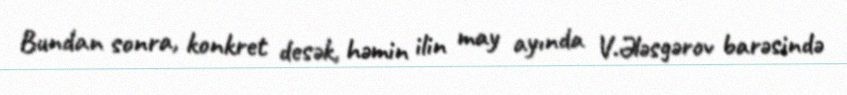
Bundan sonra, konkret desək, həmin ilin may ayında V.Ələsgərov barəsində